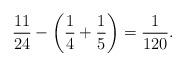
LaTeX: \begin{align*}\frac{11}{24} - \left( \frac{1}{4} + \frac{1}{5} \right) = \frac{1}{120}.\end{align*}